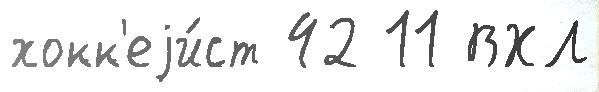
хокк'еjи́ст 42 11 ВХЛ